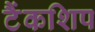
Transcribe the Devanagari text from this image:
टैंकशिप